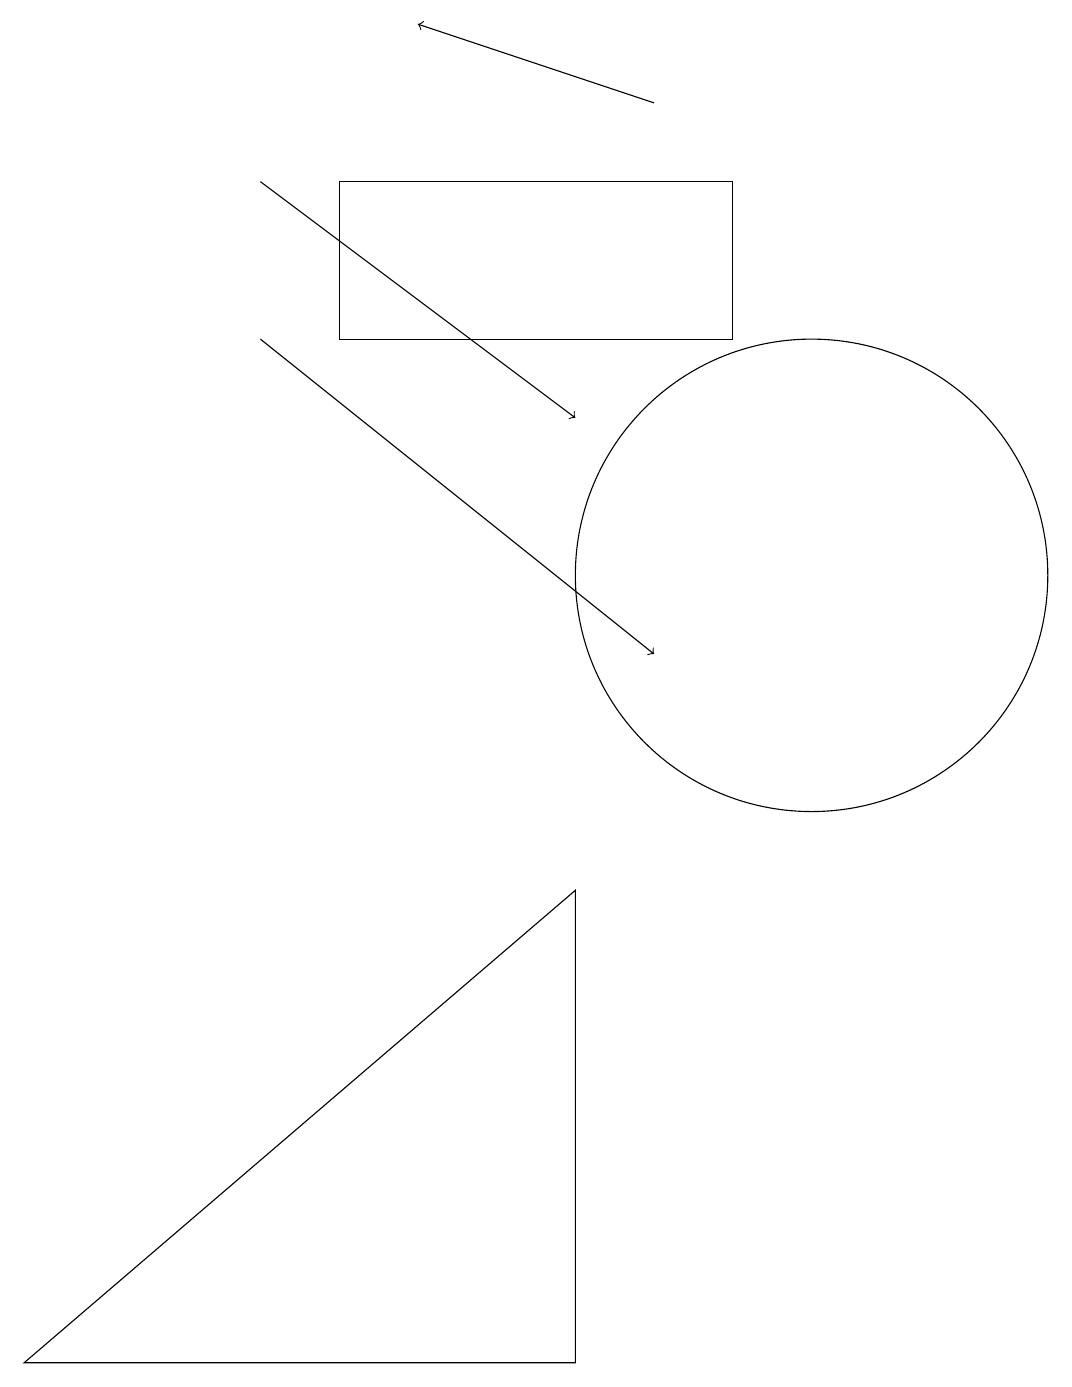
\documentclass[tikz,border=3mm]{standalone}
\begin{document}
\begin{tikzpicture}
\draw (10,11) circle (3);
\draw (4,14) rectangle (9,16);
\draw[->] (8,17) -- (5,18);
\draw[->] (3,16) -- (7,13);
\draw[->] (3,14) -- (8,10);
\draw (7,7) -- (7,1) -- (0,1) -- cycle;
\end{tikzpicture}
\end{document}